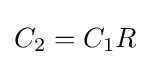
{\textstyle C_{2}=C_{1}R}